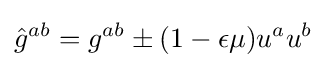
{\hat {g}}^{ab}=g^{ab}\pm (1-\epsilon \mu )u^{a}u^{b}